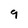
Character: 9